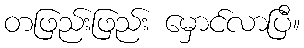
တဖြည်းဖြည်း မှောင်လာပြီ။